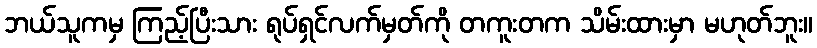
ဘယ်သူကမှ ကြည့်ပြီးသား ရုပ်ရှင်လက်မှတ်ကို တကူးတက သိမ်းထားမှာ မဟုတ်ဘူး။